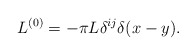
\begin{align*}L^{(0)} = -\pi L \delta^{ij}\delta(x-y) .\end{align*}